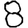
Digit: 8